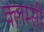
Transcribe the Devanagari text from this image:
क्लम्सी